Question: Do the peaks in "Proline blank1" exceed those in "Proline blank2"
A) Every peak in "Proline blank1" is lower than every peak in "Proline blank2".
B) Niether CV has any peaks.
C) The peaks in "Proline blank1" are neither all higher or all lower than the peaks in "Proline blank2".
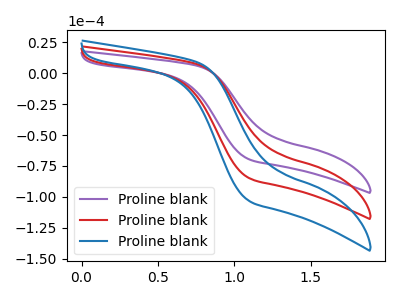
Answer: <think>The purple curve "Proline blank1" has no peaks. The red curve "Proline blank2" has no peaks. The blue curve "Proline blank3" has no peaks.</think>
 <answer>B) Niether CV has any peaks.</answer>
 <eval>B</eval>